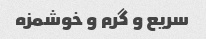
سریع و گرم و خوشمزه